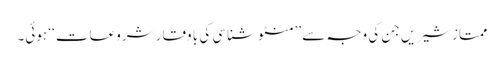
ممتاز شیریں جن کی وجہ سے ’’منٹو شناسی کی با وقار شروعات ‘‘ ہوئی۔